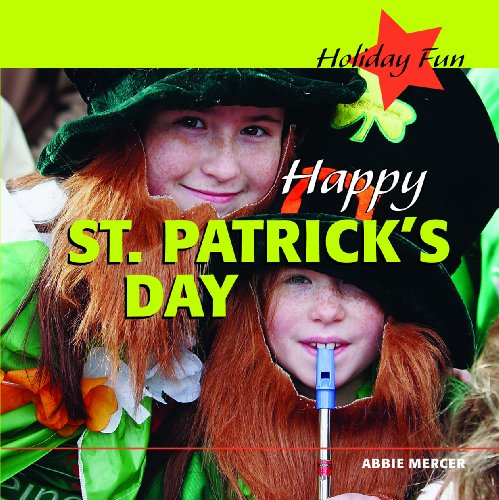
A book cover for Happy St. Patrick's Day (Holiday Fun); Abbie Mercer; Children's Books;